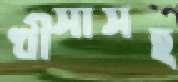
খীসাসহ